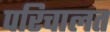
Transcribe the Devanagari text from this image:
परिचालत